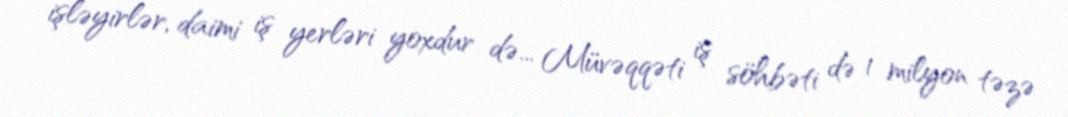
işləyirlər, daimi iş yerləri yoxdur də... Müvəqqəti iş söhbəti də 1 milyon təzə